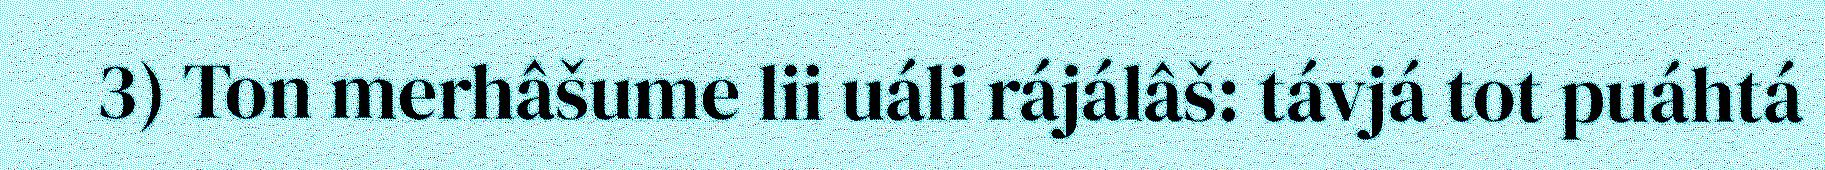
3) Ton merhâšume lii uáli rájálâš: távjá tot puáhtá